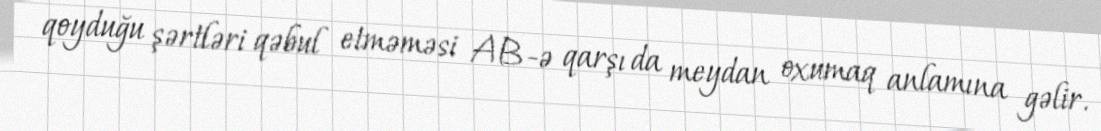
qoyduğu şərtləri qəbul etməməsi AB-ə qarşı da meydan oxumaq anlamına gəlir.